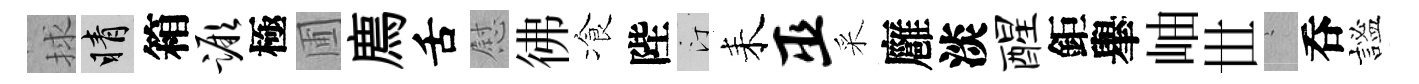
捄睛箱蹶極圃廌舌慰彿飡陛汀耒巫采廱淡醒鉅𦦙岫𠀍搖呑謐